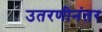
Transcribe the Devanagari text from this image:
उतरणीनंतर